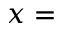
\boldsymbol { x } =